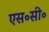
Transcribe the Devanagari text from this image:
एस॰सी॰